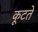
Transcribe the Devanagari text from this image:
कूटते